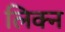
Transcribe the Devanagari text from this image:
लिक्न